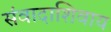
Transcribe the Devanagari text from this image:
संवादाशिवाय